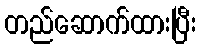
တည်ဆောက်ထားပြီး